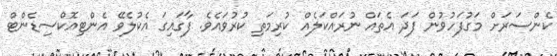
ކެންސަރަށް މަގުފަހުވުން ފަދަ އެތައް ނުރައްކަލެއް ކުރިމަތި ކުރުވައެވެ. ފާގައިގަ އެކުލެވޭ އެންޓިއޮކްސިޑެންޓް